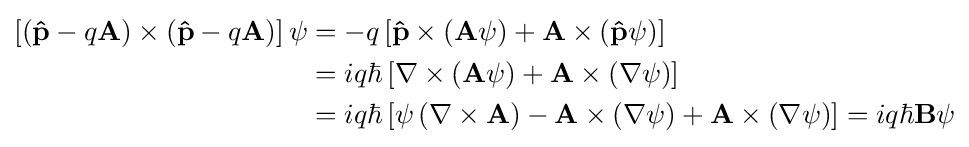
{\begin{aligned}\left[\left(\mathbf {\hat {p}} -q\mathbf {A} \right)\times \left(\mathbf {\hat {p}} -q\mathbf {A} \right)\right]\psi &=-q\left[\mathbf {\hat {p}} \times \left(\mathbf {A} \psi \right)+\mathbf {A} \times \left(\mathbf {\hat {p}} \psi \right)\right]\\&=iq\hbar \left[\nabla \times \left(\mathbf {A} \psi \right)+\mathbf {A} \times \left(\nabla \psi \right)\right]\\&=iq\hbar \left[\psi \left(\nabla \times \mathbf {A} \right)-\mathbf {A} \times \left(\nabla \psi \right)+\mathbf {A} \times \left(\nabla \psi \right)\right]=iq\hbar \mathbf {B} \psi \end{aligned}}